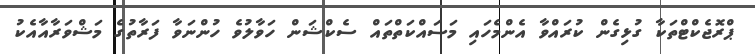
ޕްރޮޖެކްޓްތަކާ ގުޅިގެން ކުރައްވާ އެންމެހައި މަސައްކަތްތައް ސެކްޝަން ހަވާލުވެ ހުންނަވާ ފަރާތުގެ މަޝްވަރާއާއެކު